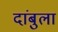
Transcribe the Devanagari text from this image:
दांबुला